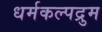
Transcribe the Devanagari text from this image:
धर्मकल्पद्रुम